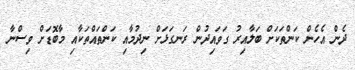
ދެން އެހެން ކަންތަކަށް ބަލާއިރު ގަވައިދުން ރަނގަޅަށް ނިދުމާއި ކަންތައްތަކާއި މާބޮޑަށް ވިސްނާ